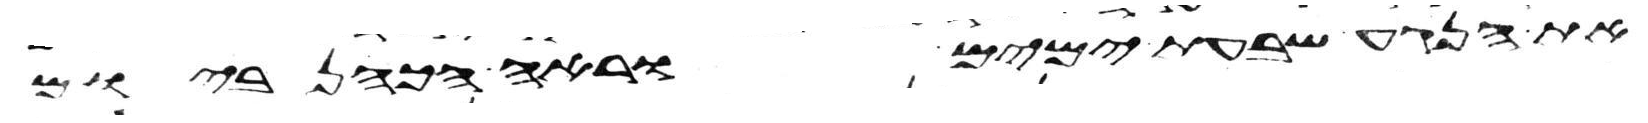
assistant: את הנגע שבעת ימים וראה הכהן ביום